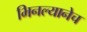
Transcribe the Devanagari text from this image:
भिनल्यानेच